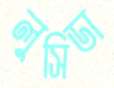
লুসিডা